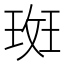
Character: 𭹞